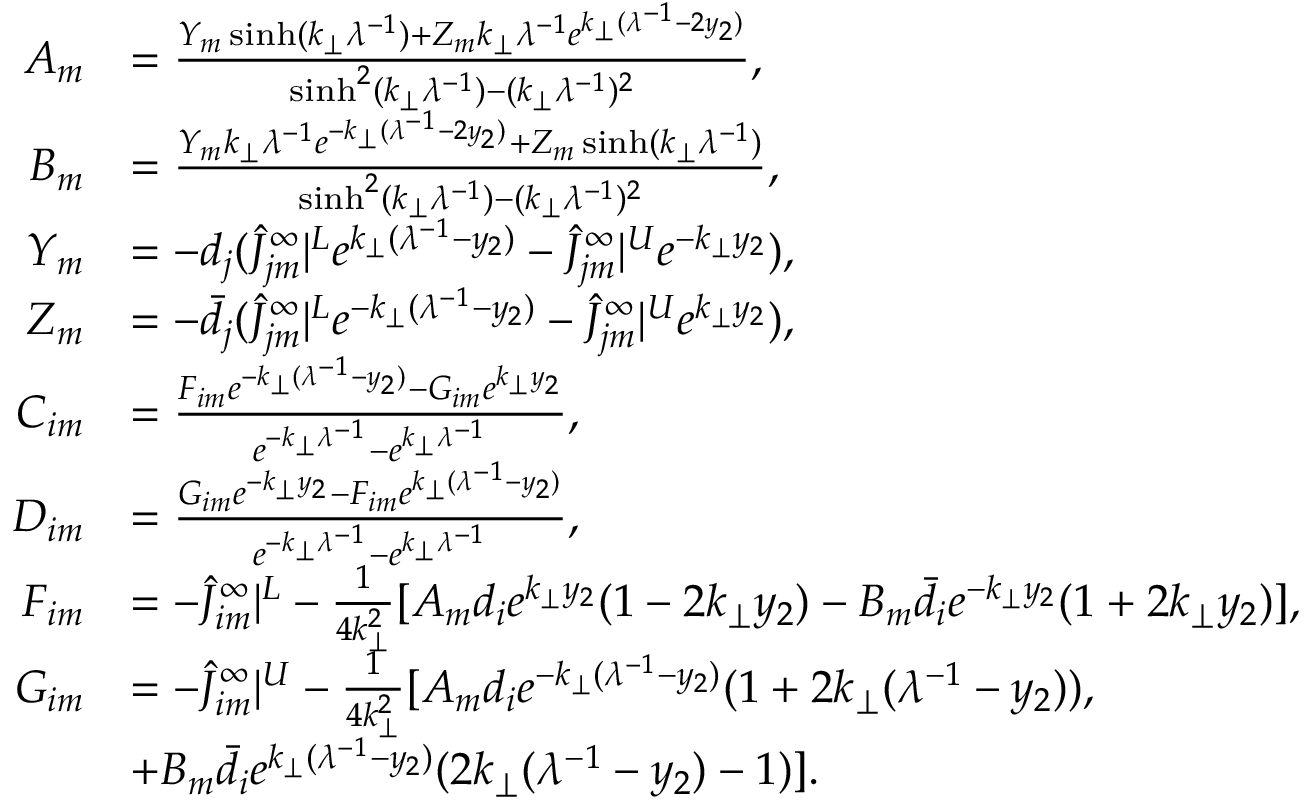
\begin{array} { r l } { A _ { m } } & { = \frac { Y _ { m } \sinh ( k _ { \perp } \lambda ^ { - 1 } ) + Z _ { m } k _ { \perp } \lambda ^ { - 1 } e ^ { k _ { \perp } ( \lambda ^ { - 1 } - 2 y _ { 2 } ) } } { \sinh ^ { 2 } ( k _ { \perp } \lambda ^ { - 1 } ) - ( k _ { \perp } \lambda ^ { - 1 } ) ^ { 2 } } , } \\ { B _ { m } } & { = \frac { Y _ { m } k _ { \perp } \lambda ^ { - 1 } e ^ { - k _ { \perp } ( \lambda ^ { - 1 } - 2 y _ { 2 } ) } + Z _ { m } \sinh ( k _ { \perp } \lambda ^ { - 1 } ) } { \sinh ^ { 2 } ( k _ { \perp } \lambda ^ { - 1 } ) - ( k _ { \perp } \lambda ^ { - 1 } ) ^ { 2 } } , } \\ { Y _ { m } } & { = - d _ { j } ( \hat { J } _ { j m } ^ { \infty } | ^ { L } e ^ { k _ { \perp } ( \lambda ^ { - 1 } - y _ { 2 } ) } - \hat { J } _ { j m } ^ { \infty } | ^ { U } e ^ { - k _ { \perp } y _ { 2 } } ) , } \\ { Z _ { m } } & { = - \bar { d } _ { j } ( \hat { J } _ { j m } ^ { \infty } | ^ { L } e ^ { - k _ { \perp } ( \lambda ^ { - 1 } - y _ { 2 } ) } - \hat { J } _ { j m } ^ { \infty } | ^ { U } e ^ { k _ { \perp } y _ { 2 } } ) , } \\ { C _ { i m } } & { = \frac { F _ { i m } e ^ { - k _ { \perp } ( \lambda ^ { - 1 } - y _ { 2 } ) } - G _ { i m } e ^ { k _ { \perp } y _ { 2 } } } { e ^ { - k _ { \perp } \lambda ^ { - 1 } } - e ^ { k _ { \perp } \lambda ^ { - 1 } } } , } \\ { D _ { i m } } & { = \frac { G _ { i m } e ^ { - k _ { \perp } y _ { 2 } } - F _ { i m } e ^ { k _ { \perp } ( \lambda ^ { - 1 } - y _ { 2 } ) } } { e ^ { - k _ { \perp } \lambda ^ { - 1 } } - e ^ { k _ { \perp } \lambda ^ { - 1 } } } , } \\ { F _ { i m } } & { = - \hat { J } _ { i m } ^ { \infty } | ^ { L } - \frac { 1 } { 4 k _ { \perp } ^ { 2 } } [ A _ { m } d _ { i } e ^ { k _ { \perp } y _ { 2 } } ( 1 - 2 k _ { \perp } y _ { 2 } ) - B _ { m } \bar { d } _ { i } e ^ { - k _ { \perp } y _ { 2 } } ( 1 + 2 k _ { \perp } y _ { 2 } ) ] , } \\ { G _ { i m } } & { = - \hat { J } _ { i m } ^ { \infty } | ^ { U } - \frac { 1 } { 4 k _ { \perp } ^ { 2 } } [ A _ { m } d _ { i } e ^ { - k _ { \perp } ( \lambda ^ { - 1 } - y _ { 2 } ) } ( 1 + 2 k _ { \perp } ( \lambda ^ { - 1 } - y _ { 2 } ) ) , } \\ & { + B _ { m } \bar { d } _ { i } e ^ { k _ { \perp } ( \lambda ^ { - 1 } - y _ { 2 } ) } ( 2 k _ { \perp } ( \lambda ^ { - 1 } - y _ { 2 } ) - 1 ) ] . } \end{array}